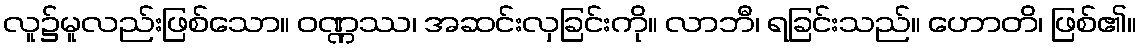
လူ၌မူလည်းဖြစ်သော။ ဝဏ္ဏဿ၊ အဆင်းလှခြင်းကို။ လာဘီ၊ ရခြင်းသည်။ ဟောတိ၊ ဖြစ်၏။